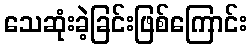
သေဆုံးခဲ့ခြင်းဖြစ်ကြောင်း